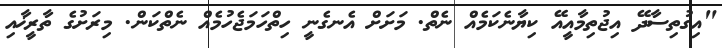
"އިގުތިސާދޭ އިޖުތިމާއީއޭ ކިޔާނެކަމެއް ނެތް. މަށަށް އެނގެނީ ހިތްހަމަޖެހުމެއް ނެތްކަން. މިރަށުގެ ތާރީޚާއި